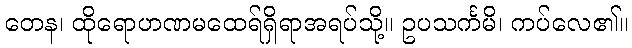
တေန၊ ထိုရောဟဏမထေရ်ရှိရာအရပ်သို့။ ဥပသင်္ကမိ၊ ကပ်လေ၏။